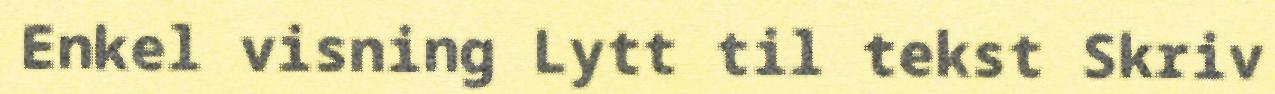
Enkel visning Lytt til tekst Skriv